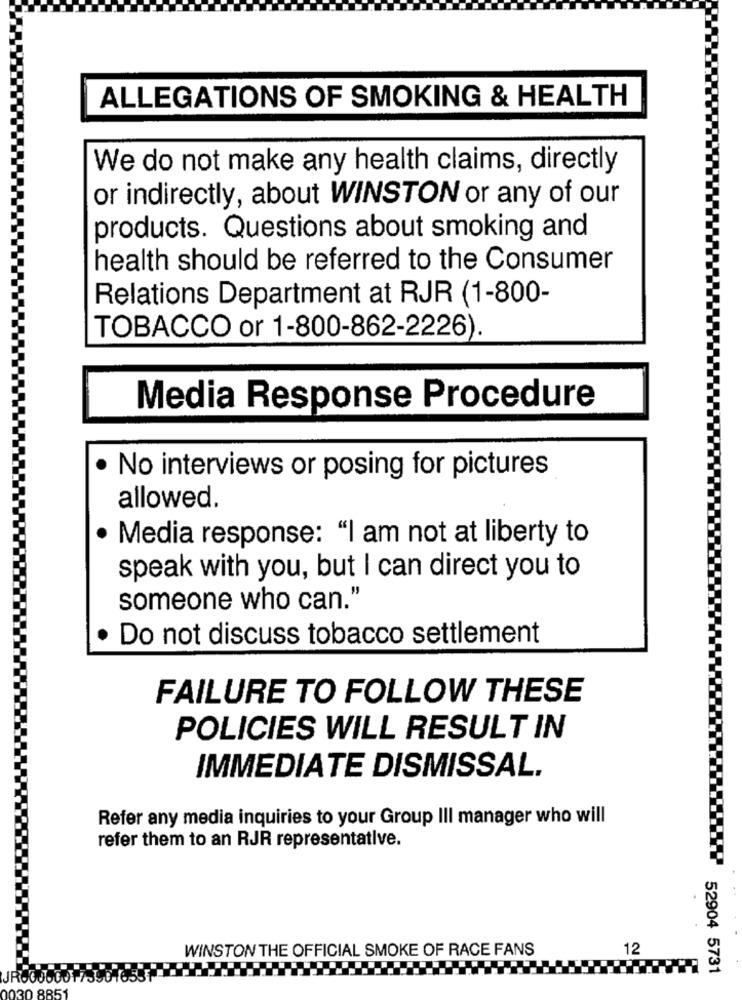
ALLEGATIONS OF SMOKING & HEALTH
We do not make any health claims, directly
or indirectly, about WINSTON or any of our
products. Questions about smoking and
health should be referred to the Consumer
Relations Department at RJR (1-800-
TOBACCO or 1-800-862-2226).
Media Response Procedure
No interviews or posing for pictures
allowed.
Media response: "I am not at liberty to
speak with you, but I can direct you to
someone who can."
Do not discuss tobacco settlement
FAILURE TO FOLLOW THESE
POLICIES WILL RESULT IN
IMMEDIATE DISMISSAL.
Refer any media inquiries to your Group III manager who will
refer them to an RJR representative.
WINSTON THE OFFICIAL SMOKE OF RACE FANS
12
52904 5731